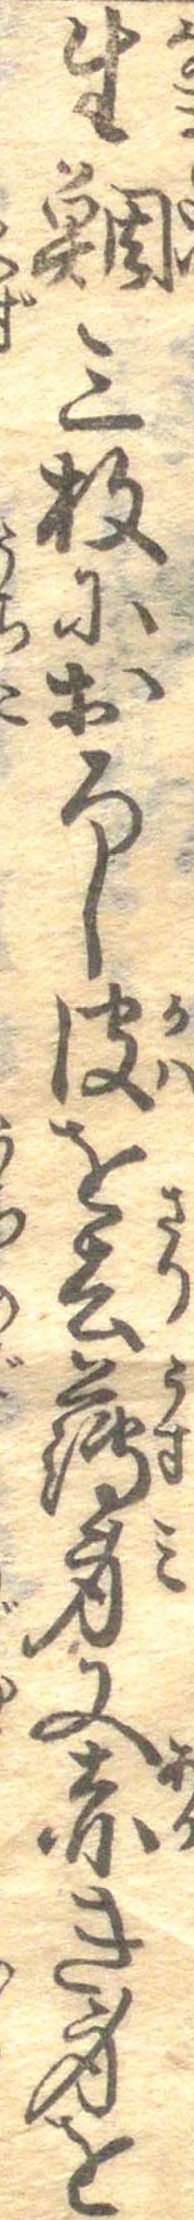
生鯛三枚におろし皮を去薄身又赤き身を